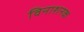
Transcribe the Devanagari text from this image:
विनाशनक